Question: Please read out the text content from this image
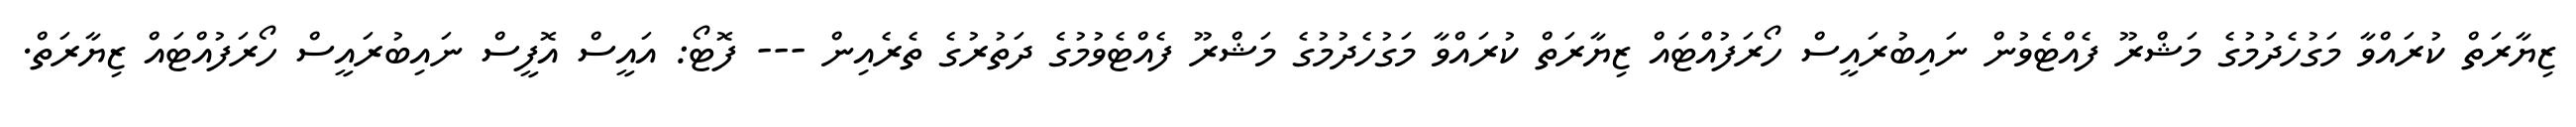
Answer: ޒިޔާރަތް ކުރައްވާ މަގުހެދުމުގެ މަޝްރޫ ފެއްޓެވުން ނައިބުރައީސް ހޯރަފުއްޓައް ޒިޔާރަތް ކުރައްވާ މަގުހެދުމުގެ މަޝްރޫ ފެއްޓެވުމުގެ ދަތުރުގެ ތެރެއިން --- ފޮޓޯ: އައީސް އޮފީސް ނައިބުރައީސް ހޯރަފުއްޓައް ޒިޔާރަތް.